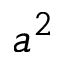
a ^ { 2 }